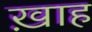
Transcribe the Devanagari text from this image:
ख़ाह